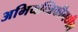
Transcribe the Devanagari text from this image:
अभियन्त्रिकीमधील